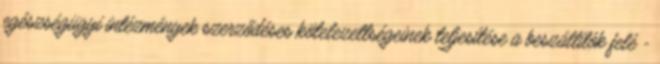
egészségügyi intézmények szerződéses kötelezettségeinek teljesítése a beszállítók felé -